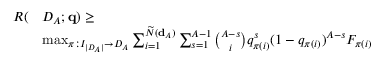
\begin{array} { r l } { R ( } & { { \cal D } _ { \cal A } ; { \bf q } ) \geq } \\ & { \operatorname* { m a x } _ { \pi : { \cal I } _ { | { \cal D } _ { \cal A } | } \rightarrow { \cal D } _ { \cal A } } \sum _ { i = 1 } ^ { \widetilde N ( { \bf d } _ { \cal A } ) } \sum _ { s = 1 } ^ { A - 1 } \binom { A - s } { i } q _ { \pi ( i ) } ^ { s } ( 1 - q _ { \pi ( i ) } ) ^ { A - s } F _ { \pi ( i ) } } \end{array}